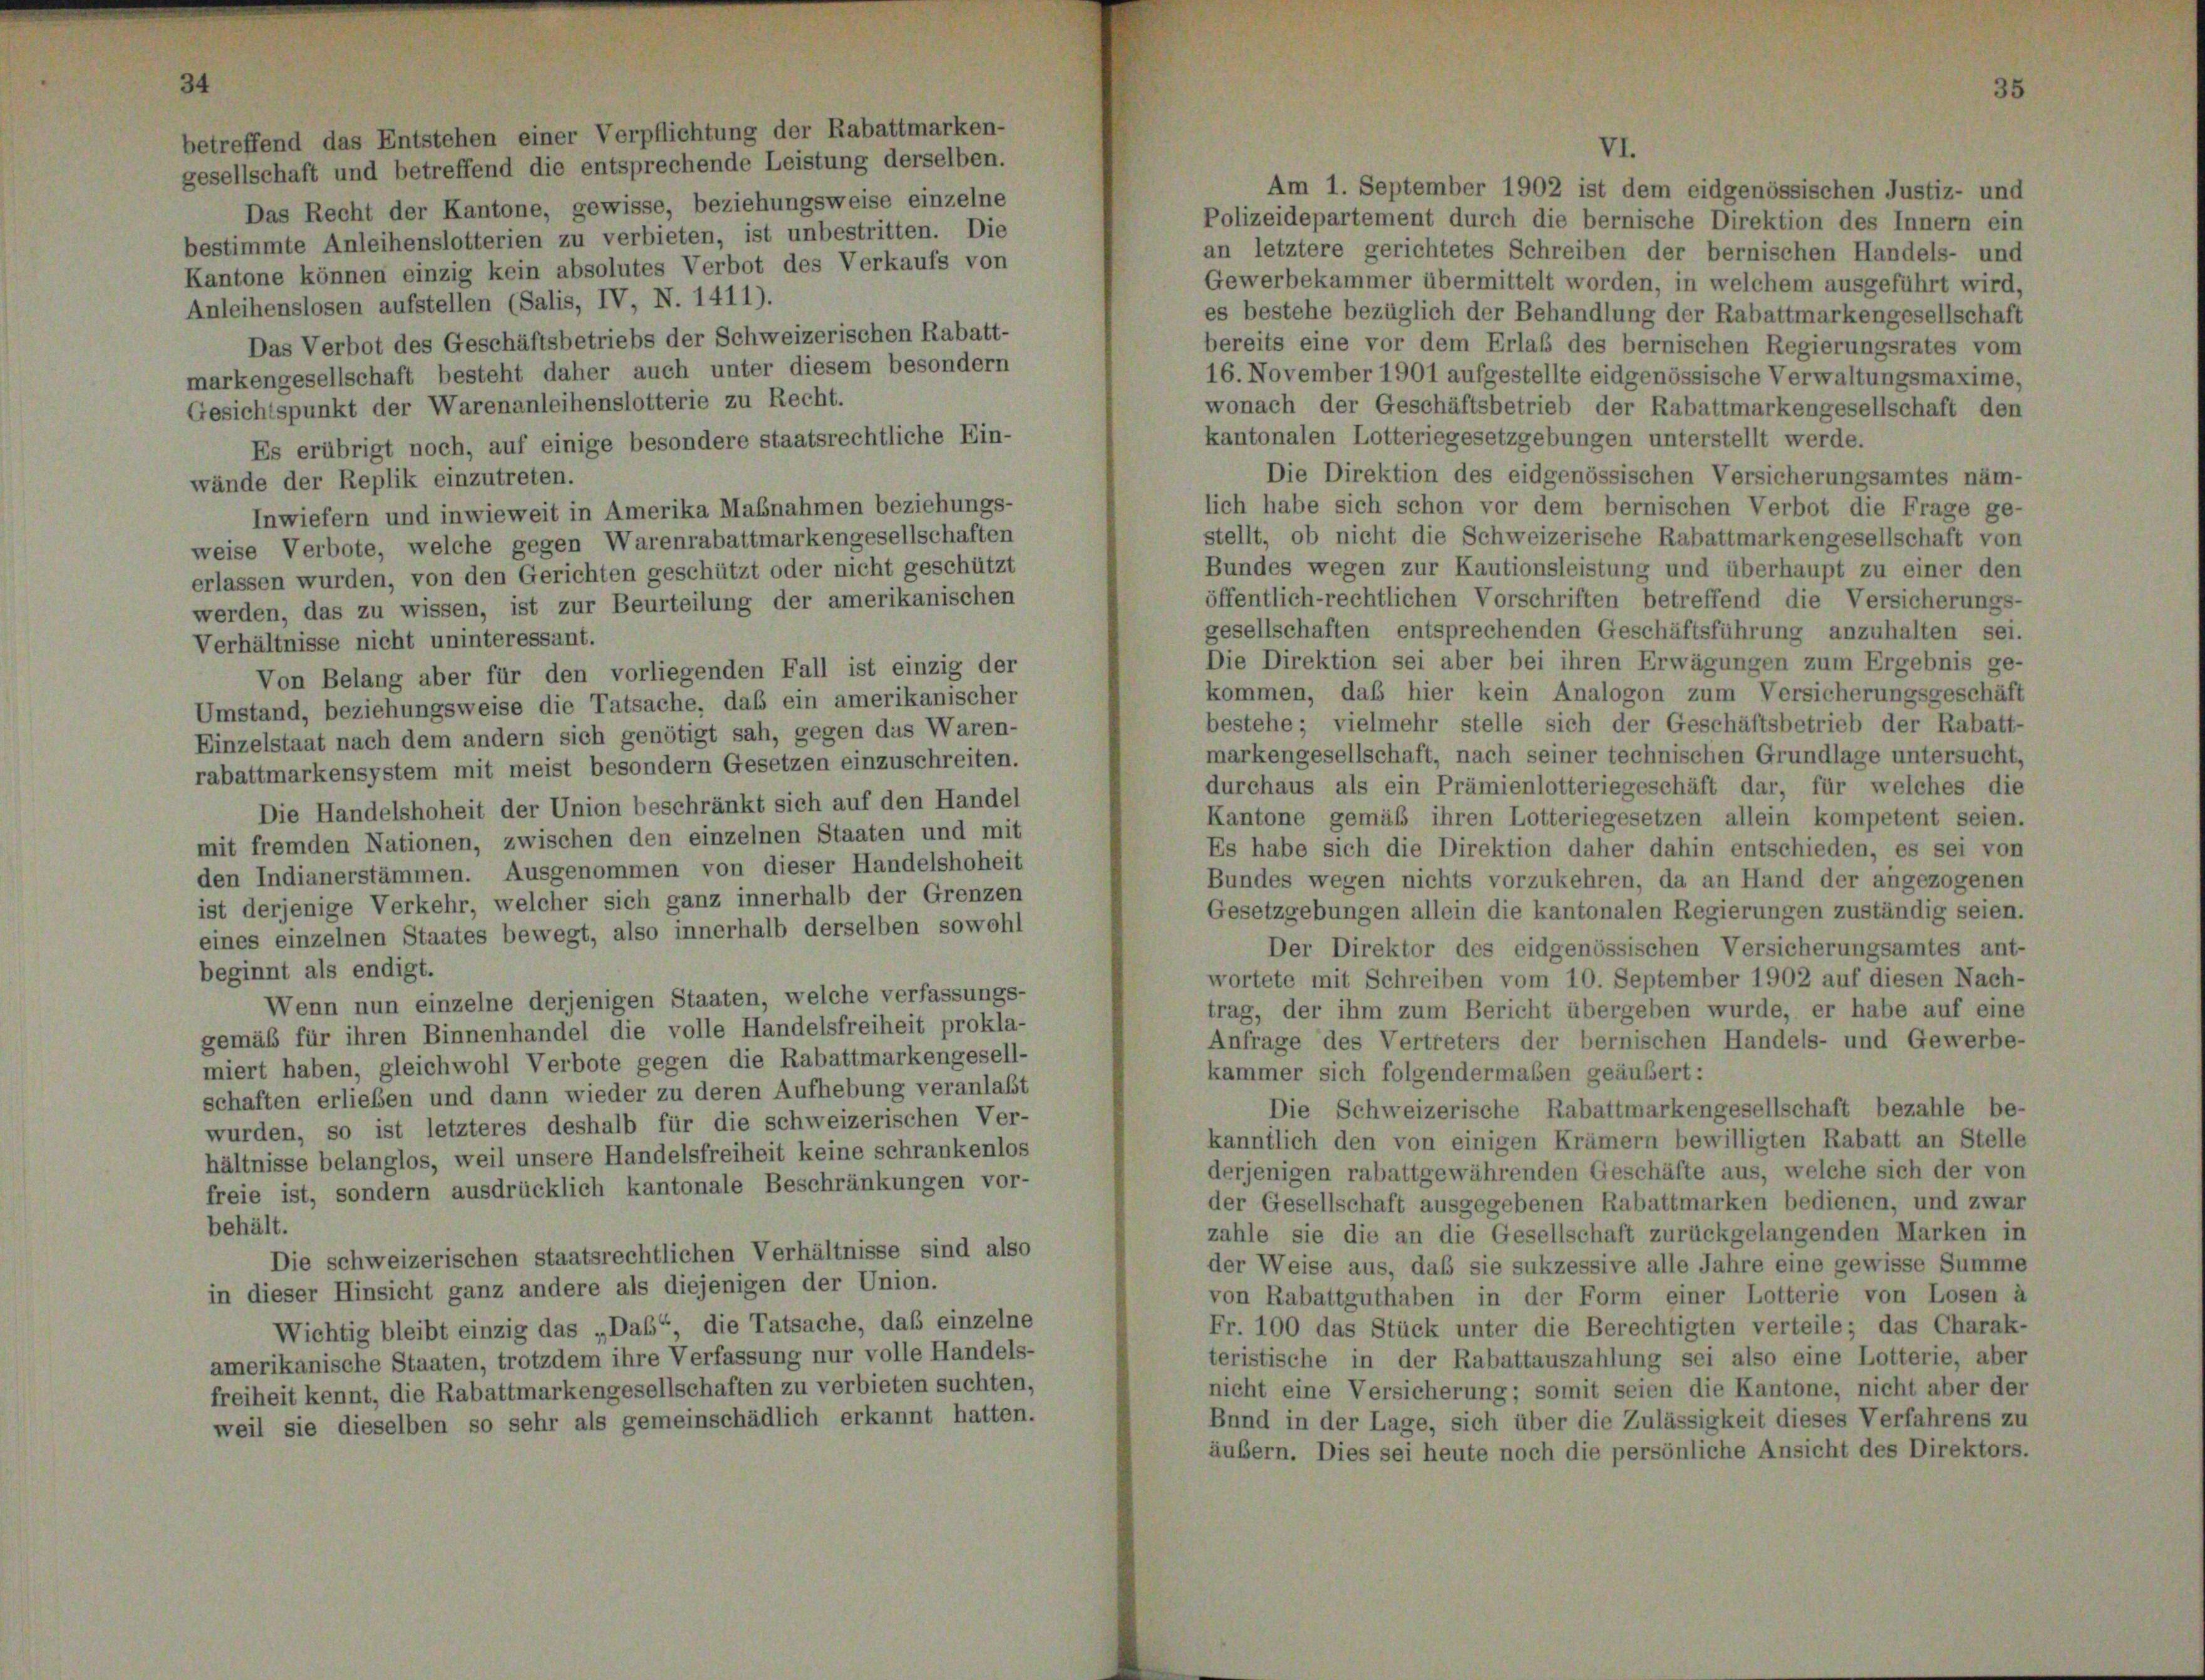
betreffend das Entstehen einer Verpflichtung der Rabattmarken-
gesellschaft und betreffend die entsprechende Leistung derselben.

Das Recht der Kantone, gewisse, beziehungsweise einzelne
Polizeidepartement durch die bernische Direktion des Innern ein
bestimmte Anleihenslotterien zu verbieten, ist unbestritten. Die
an letztere gerichtetes Schreiben der bernischen Handels- und
Kantone können einzig kein absolutes Verbot des Verkaufs von
Gewerbekammer übermittelt worden, in welchem ausgeführt wird,
Anleihenslosen aufstellen (Salis, IV, N. 1411).
es bestehe bezüglich der Behandlung der Rabattmarkengesellschaft
Das Verbot des Geschäftsbetriebs der Schweizerischen Rabatt-
bereits eine vor dem Erlaß des bernischen Regierungsrates vom
markengesellschaft besteht daher auch unter diesem besondern
16. November 1901 aufgestellte eidgenössische Verwaltungsmaxime,
Gesichtspunkt der Warenanleihenslotterie zu Recht.
wonach der Geschäftsbetrieb der Rabattmarkengesellschaft den
kantonalen Lotteriegesetzgebungen unterstellt werde.
Es erübrigt noch, auf einige besondere staatsrechtliche Ein-
Die Direktion des eidgenössischen Versicherungsamtes näm
wände der Replik einzutreten.
lich habe sich schon vor dem bernischen Verbot die Frage ge-
Inwiefern und inwieweit in Amerika Mabnahmen beziehungs-
stellt, ob nicht die Schweizerische Rabattmarkengesellschaft von
weise Verbote, welche gegen Warenrabattmarkengesellschaften
Bundes wegen zur Kautionsleistung und überhaupt zu einer den
erlassen wurden, von den Gerichten geschützt oder nicht geschützt
öffentlich-rechtlichen Vorschriften betreffend die Versicherungs-
werden, das zu wissen, ist zur Beurteilung der amerikanischen
gesellschaften entsprechenden Geschäftsführung anzuhalten sei.
Verhältnisse nicht uninteressant.
Die Direktion sei aber bei ihren Erwägungen zum Ergebnis ge-
Von Belang aber für den vorliegenden Fall ist einzig der
kommen, daß hier kein Analogon zum Versicherungsgeschäft
Umstand, beziehungsweise die Tatsache, daß ein amerikanischer
bestehe; vielmehr stelle sich der Geschäftsbetrieb der Rabatt-
Einzelstaat nach dem andern sich genötigt sah, gegen das Waren-
markengesellschaft, nach seiner technischen Grundlage untersucht,
rabattmarkensystem mit meist besondern Gesetzen einzuschreiten.
durchaus als ein Prämienlotteriegeschäft dar, für welches die
Die Handelshoheit der Union beschränkt sich auf den Handel
Kantone gemäß ihren Lotteriegesetzen allein kompetent seien.
mit fremden Nationen, zwischen den einzelnen Staaten und mit
Es habe sich die Direktion daher dahin entschieden, es sei von
den Indianerstämmen. Ausgenommen von dieser Handelshoheit
Bundes wegen nichts vorzukehren, da an Hand der angezogenen
ist derjenige Verkehr, welcher sich ganz innerhalb der Grenzen
Gesetzgebungen allein die kantonalen Regierungen zuständig seien.
eines einzelnen Staates bewegt, also innerhalb derselben sowohl
Der Direktor des eidgenössischen Versicherungsamtes ant-
beginnt als endigt.
wortete mit Schreiben vom 10. September 1902 auf diesen Nach-
Wenn nun einzelne derjenigen Staaten, welche verfassungs-
trag, der ihm zum Bericht übergeben wurde, er habe auf eine
gemäß für ihren Binnenhandel die volle Handelsfreiheit prokla-
Anfrage des Vertreters der bernischen Handels- und Gewerbe-
miert haben, gleichwohl Verbote gegen die Rabattmarkengesell-
kammer sich folgendermaßen geäußert:
schaften erlieben und dann wieder zu deren Aufhebung veranlaßt
Die Schweizerische Rabattmarkengesellschaft bezahle be-
wurden, so ist letzteres deshalb für die schweizerischen Ver-
kanntlich den von einigen Krämern bewilligten Rabatt an Stelle
hältnisse belanglos, weil unsere Handelsfreiheit keine schrankenlos
derjenigen rabattgewährenden Geschäfte aus, welche sich der von
freie ist, sondern ausdrücklich kantonale Beschränkungen vor-
der Gesellschaft ausgegebenen Rabattmarken bedienen, und zwar
behält.
zahle sie die an die Gesellschaft zurückgelangenden Marken in
Die schweizerischen staatsrechtlichen Verhältnisse sind also
der Weise aus, daß sie sukzessive alle Jahre eine gewisse Summe
in dieser Hinsicht ganz andere als diejenigen der Union.
von Rabattguthaben in der Form einer Lotterie von Losen à
Fr. 100 das Stück unter die Berechtigten verteile; das Charak-
Wichtig bleibt einzig das „Das“, die Tatsache, daß einzelne
teristische in der Rabattauszahlung sei also eine Lotterie, aber
amerikanische Staaten, trotzdem ihre Verfassung nur volle Handels-
nicht eine Versicherung; somit seien die Kantone, nicht aber der
freiheit kennt, die Rabattmarkengesellschaften zu verbieten suchten,
Bnnd in der Lage, sich über die Zulässigkeit dieses Verfahrens zu
weil sie dieselben so sehr als gemeinschädlich erkannt hatten.
äubern. Dies sei heute noch die persönliche Ansicht des Direktors.

Am 1. September 1902 ist dem eidgenössischen Justiz- und